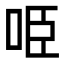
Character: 𠱸